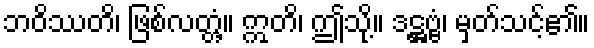
ဘဝိဿတိ၊ ဖြစ်လတ္တံ့။ ဣတိ၊ ဤသို့။ ဒဋ္ဌဗ္ဗံ၊ မှတ်သင့်၏။